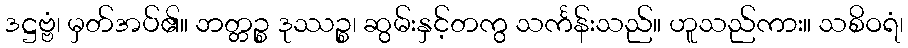
ဒဋ္ဌဗ္ဗံ၊ မှတ်အပ်၏။ ဘတ္တဉ္စ ဒုဿဉ္စ၊ ဆွမ်းနှင့်တကွ သင်္ကန်းသည်။ ဟူသည်ကား။ သစိဝရံ၊